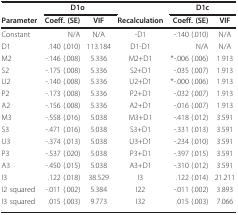
|  | <COLSPAN=2> D1o |  | <COLSPAN=2> D1c |
 | Parameter | Coeff. (SE) | VIF | Recalculation | Coeff. (SE) | VIF |
 | --- | --- | --- | --- | --- | --- |
 | Constant | N/A | N/A | -D1 | -.140 (.010) | N/A |
 | D1 | .140 (.010) | 113.184 | D1-D1 | N/A | N/A |
 | M2 | -.146 (.008) | 5.336 | M2+D1 | *-.006 (.006) | 1.913 |
 | S2 | -.175 (.008) | 5.336 | S2+D1 | -.035 (.007) | 1.913 |
 | U2 | -.140 (.008) | 5.336 | U2+D1 | *-.000 (.006) | 1.913 |
 | P2 | -.173 (.008) | 5.336 | P2+D1 | -.032 (.007) | 1.913 |
 | A2 | -.156 (.008) | 5.336 | A2+D1 | -.016 (.007) | 1.913 |
 | M3 | -.558 (.016) | 5.038 | M3+D1 | -.418 (.012) | 3.591 |
 | S3 | -.471 (.016) | 5.038 | S3+D1 | -.331 (.013) | 3.591 |
 | U3 | -.374 (.013) | 5.038 | U3+D1 | -.234 (.010) | 3.591 |
 | P3 | -.537 (.020) | 5.038 | P3+D1 | -.397 (.015) | 3.591 |
 | A3 | -.450 (.015) | 5.038 | A3+D1 | -.310 (.012) | 3.591 |
 | I3 | .122 (.018) | 38.529 | I3 | .122 (.014) | 21.211 |
 | I2 squared | -.011 (.002) | 5.384 | I22 | -.011 (.002) | 3.893 |
 | I3 squared | .015 (.003) | 9.773 | I32 | .015 (.003) | 7.066 |